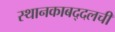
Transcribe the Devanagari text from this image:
स्थानकाबद्दलची